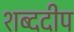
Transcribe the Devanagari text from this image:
शब्ददीप